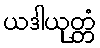
ယဒါယုတ္တံ